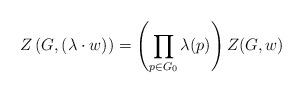
LaTeX: \begin{align*} Z \left( G, (\lambda \cdot w) \right) = \left(\prod_{p \in G_0} \lambda(p) \right)Z(G,w)\end{align*}